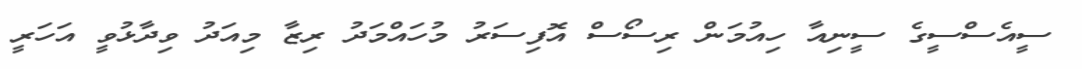
ސީއެސްސީގެ ސީނިއާ ހިއުމަން ރިސޯސް އޮފިސަރު މުހައްމަދު ރިޒާ މިއަދު ވިދާޅުވީ އަހަރީ